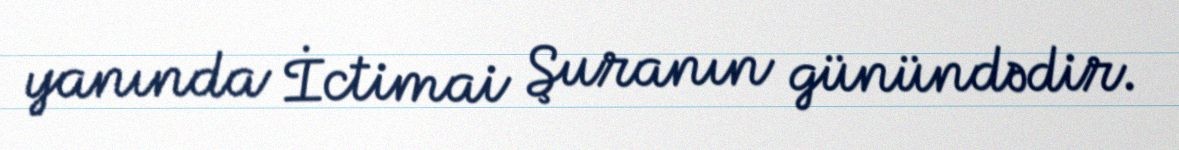
yanında İctimai Şuranın günündədir.